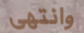
وانتهى